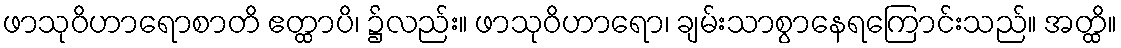
ဖာသုဝိဟာရောစာတိ ဧတ္ထာပိ၊ ၌လည်း။ ဖာသုဝိဟာရော၊ ချမ်းသာစွာနေရကြောင်းသည်။ အတ္ထိ။